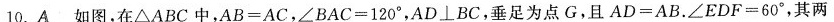
10.A如图，在△ABC中，$$A B = A C$$，$$∠ B A C = 1 2 0 °$$，$$A D \bot B C$$，垂足为点G，且$$A D = A B$$。$$∠ E D F = 6 0 °$$，其两